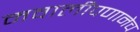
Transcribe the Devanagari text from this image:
मवालीपणानेच